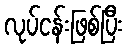
လုပ်ငန်းဖြစ်ပြီး